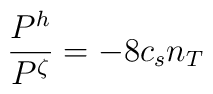
{\frac{P^{h}}{P^{\zeta }}=-8}c_{s}n_{T}